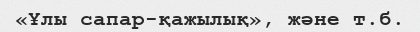
«Ұлы сапар-қажылық», және т.б.